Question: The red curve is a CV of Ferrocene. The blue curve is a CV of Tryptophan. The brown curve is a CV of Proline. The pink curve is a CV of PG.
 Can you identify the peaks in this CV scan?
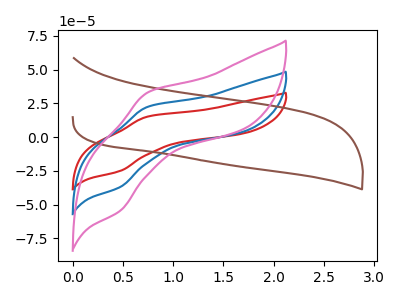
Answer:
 <answer>The red curve "Ferrocene" has an anodic peak at (0.75V, 15.05uA) and a cathodic peak at (0.45V, -25.05uA). The blue curve "Tryptophan" has an anodic peak at (0.75V, 22.20uA) and a cathodic peak at (0.45V, -36.90uA). The brown curve "Proline" has no peaks. The pink curve "PG" has an anodic peak at (0.75V, 44.40uA) and a cathodic peak at (0.45V, -73.80uA).</answer>
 <eval></eval>